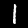
Digit: 1